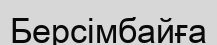
Берсімбайға